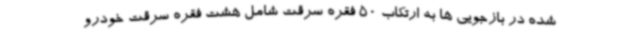
شده در بازجویی ها به ارتکاب 50 فقره سرقت شامل هشت فقره سرقت خودرو